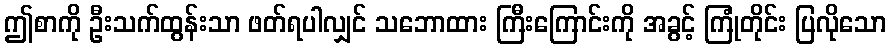
ဤစာကို ဦးသက်ထွန်းသာ ဖတ်ရပါလျှင် သဘောထား ကြီးကြောင်းကို အခွင့် ကြုံတိုင်း ပြလိုသော